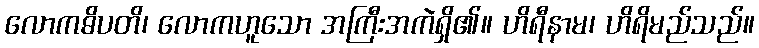
လောကဓိပတိ၊ လောကဟူသော အကြီးအကဲရှိ၏။ ဟိရီနာမ၊ ဟိရိမည်သည်။